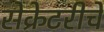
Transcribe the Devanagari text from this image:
सेक्रेटरीचे